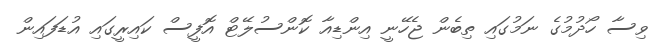
ވިސާ ހޯދުމުގެ ނަމުގައި ތިބެން ޖެހޭނީ އިންޑިއާ ކޮންސުލޭޓް އޮފީސް ކައިރީގައި އުޑަފައިން